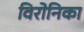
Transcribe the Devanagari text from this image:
विरोनिका